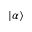
| \alpha \rangle